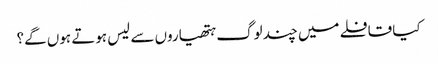
کیا قافلے میں چند لوگ ہتھیاروں سے لیس ہوتے ہوں گے؟